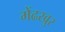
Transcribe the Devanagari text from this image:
मेंढखुर